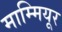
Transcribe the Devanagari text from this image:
माम्मियूर